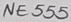
Text: NE555